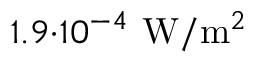
1 . 9 { \cdot } 1 0 ^ { - 4 } \ \mathrm { W } / \mathrm { m } ^ { 2 }